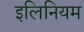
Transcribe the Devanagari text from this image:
इलिनियम